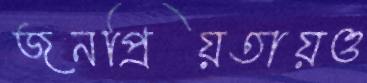
জনপ্রিয়তায়ও